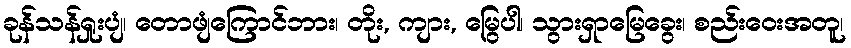
ခုန်သန်ရှုးပျံ၊ တောဖျံကြောင်ဘား၊ တိုး, ကျား, မြွေပါ၊ သွားရှာမြေခွေး၊ စည်းဝေးအတူ၊